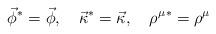
LaTeX: \begin{align*}\vec\phi^*=\vec\phi,\quad\vec\kappa^*=\vec\kappa,\quad{\rho^\mu}^*=\rho^\mu\end{align*}